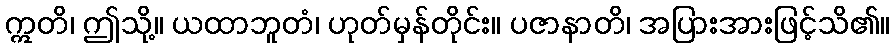
ဣတိ၊ ဤသို့။ ယထာဘူတံ၊ ဟုတ်မှန်တိုင်း။ ပဇာနာတိ၊ အပြားအားဖြင့်သိ၏။